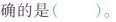
确的是( )。